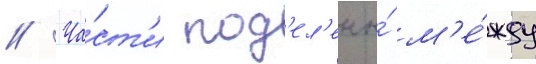
// Ча́ст'и под'ел'ены́ м'е́жду